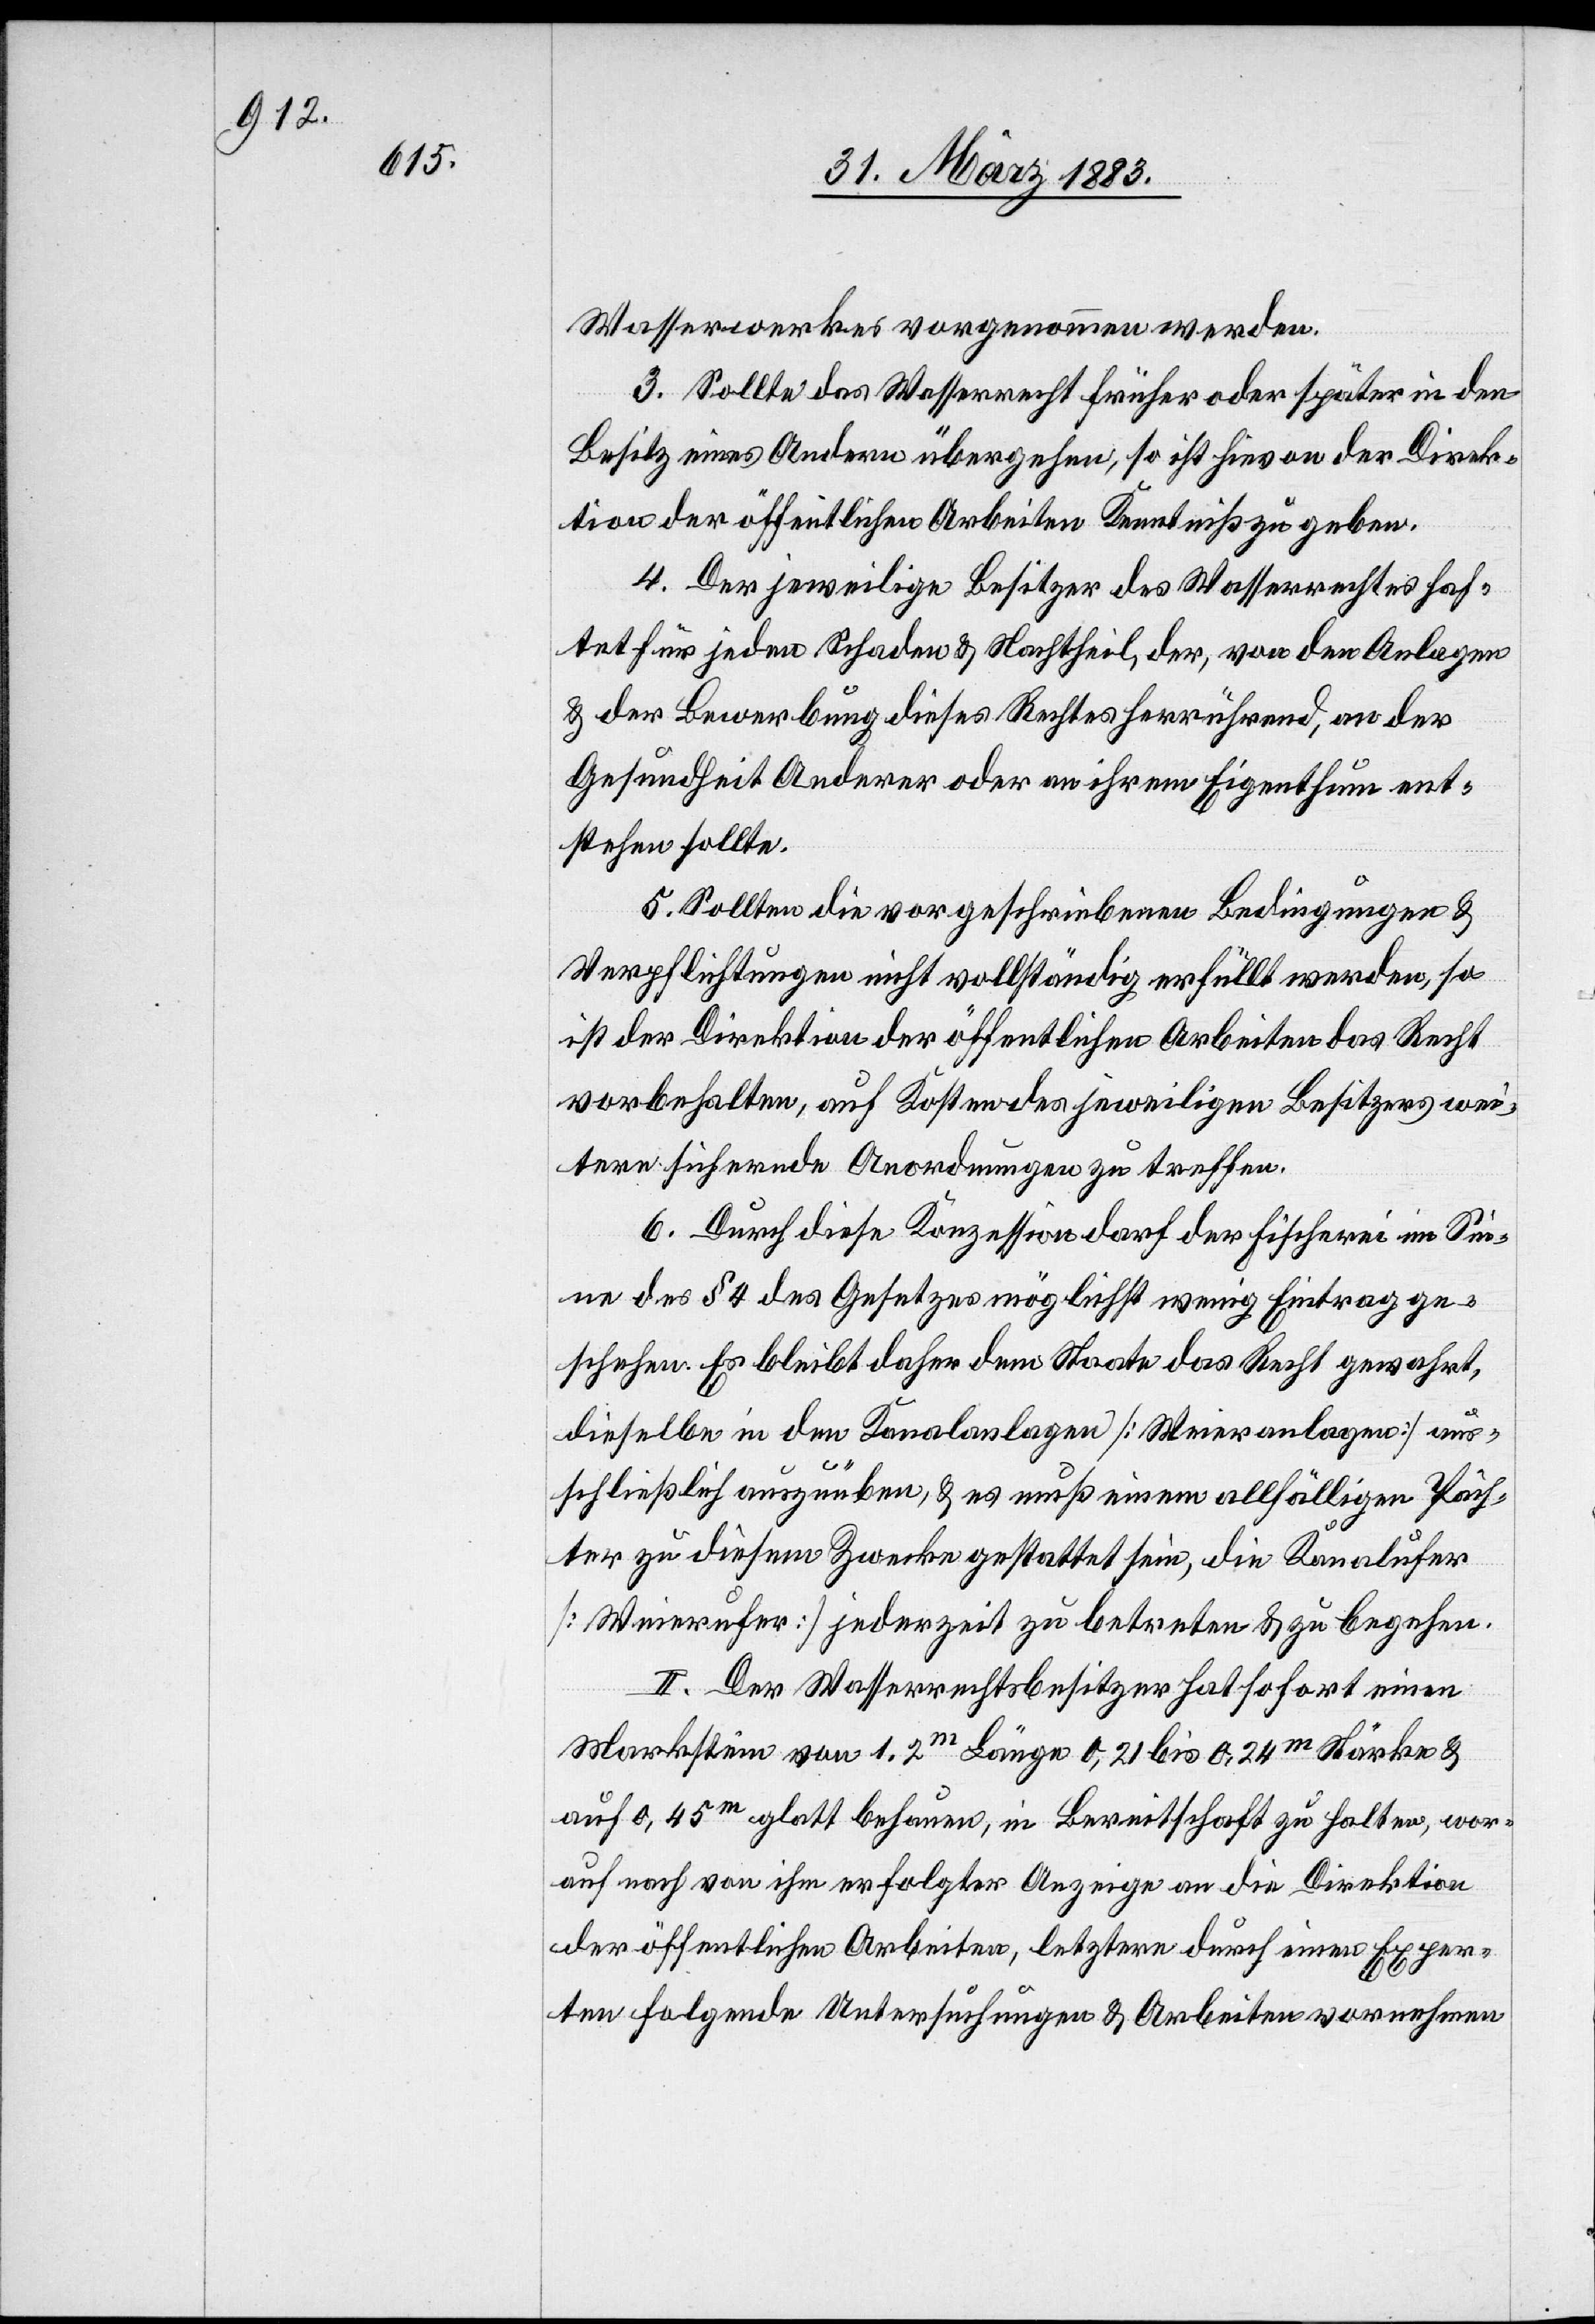
Wasserwerkes vorgenommen werden.
3. Sollte das Wasserrecht früher oder später in den
Besitz eines Andern übergehen, so ist hievon der Direk¬
tion der öffentlichen Arbeiten Kenntniß zu geben.
4. Der jeweilige Besitzer des Wasserrechtes haf¬
tet für jeden Schaden & Nachtheil, der, von den Anlagen
& der Bewerbung dieses Rechtes herrührend, an der
Gesundheit Anderer oder an ihrem Eigenthum ent¬
stehen sollte.
5. Sollten die vorgeschriebenen Bedingungen &
Verpflichtungen nicht vollständig erfüllt werden, so
ist der Direktion der öffentlichen Arbeiten das Recht
vorbehalten, auf Kosten des jeweiligen Besitzers wei¬
tere sichernde Anordnungen zu treffen.
6. Durch diese Konzession darf der Fischerei im Sin¬
ne des § 4 des Gesetzes möglichst wenig Eintrag ge¬
schehen. Es bleibt daher dem Staate das Recht gewahrt,
dieselbe in den Kanalanlagen [Weieranlagen] aus¬
schließlich auszuüben, & es muß einem allfälligen Päch¬
ter zu diesem Zwecke gestattet sein, die Kanalufer
[Weierufer] jederzeit zu betreten & zu begehen.
II. Der Wasserrechtsbesitzer hat sofort einen
Markstein von 1,2m Länge 0,21 bis 0,24m Stärke &
auf 0,45m glatt behauen, in Bereitschaft zu halten, wor¬
auf nach von ihm erfolgter Anzeige an die Direktion
der öffentlichen Arbeiten, letztere durch einen Exper¬
ten folgende Untersuchungen & Arbeiten vornehmen